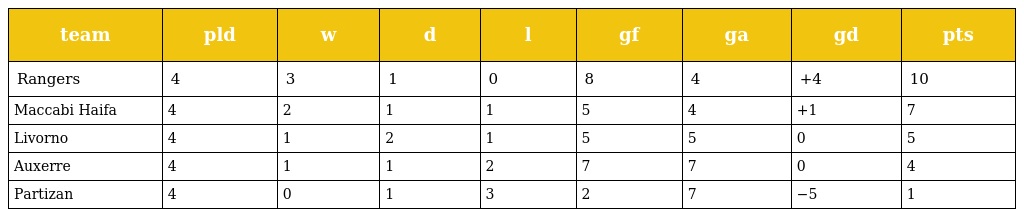
| team | pld | w | d | l | gf | ga | gd | pts |
 | --- | --- | --- | --- | --- | --- | --- | --- | --- |
 | Rangers | 4 | 3 | 1 | 0 | 8 | 4 | +4 | 10 |
 | Maccabi Haifa | 4 | 2 | 1 | 1 | 5 | 4 | +1 | 7 |
 | Livorno | 4 | 1 | 2 | 1 | 5 | 5 | 0 | 5 |
 | Auxerre | 4 | 1 | 1 | 2 | 7 | 7 | 0 | 4 |
 | Partizan | 4 | 0 | 1 | 3 | 2 | 7 | −5 | 1 |